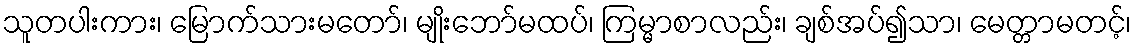
သူတပါးကား၊ မြောက်သားမတော်၊ မျိုးဘော်မထပ်၊ ကြမ္မာစာလည်း၊ ချစ်အပ်၍သာ၊ မေတ္တာမတင့်၊